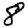
Digit: 8